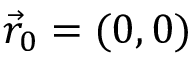
\vec { r } _ { 0 } = ( 0 , 0 )